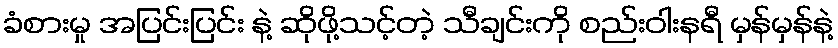
ခံစားမှု အပြင်းပြင်း နဲ့ ဆိုဖို့သင့်တဲ့ သီချင်းကို စည်းဝါးနရီ မှန်မှန်နဲ့